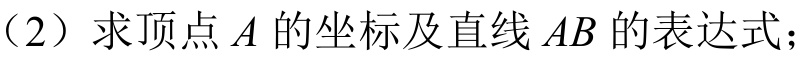
（2）求顶点\(A\)的坐标及直线\(AB\)的表达式；